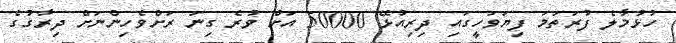
ހުޅުމާލެ ފުރަތަމަ ފިޔަވަހީގައި ދިރިއުޅޭ 50000 އަށް ވުރެ ގިނަ ރަށްވެހިންނަށް ދިރާގުގެ